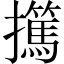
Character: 𰔺